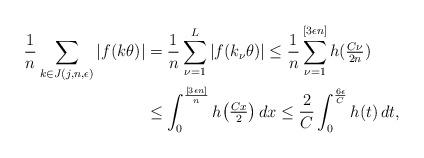
LaTeX: \begin{align*} \frac1n\sum_{k\in J(j,n,\epsilon)}|f(k\theta)| &=\frac1n\sum_{\nu=1}^L|f(k_\nu\theta)| \le \frac1n\sum_{\nu=1}^{[3\epsilon n]}h(\tfrac{C\nu}{2n})\\ &\le \int_0^{\frac{[3\epsilon n]}n}h\bigl(\tfrac{Cx}2\bigr)\,dx \le \frac 2C\int_0^{\frac{6\epsilon} C}h(t)\,dt,\end{align*}